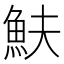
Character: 𩵩